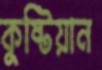
কুষ্টিয়ান